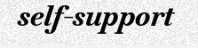
self-support